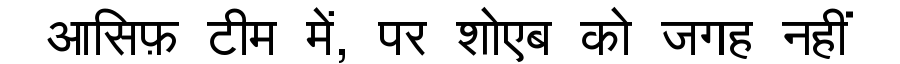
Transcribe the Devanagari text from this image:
आसिफ़ टीम में, पर शोएब को जगह नहीं